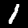
Label: 1